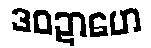
ဒဝဍာဟေ